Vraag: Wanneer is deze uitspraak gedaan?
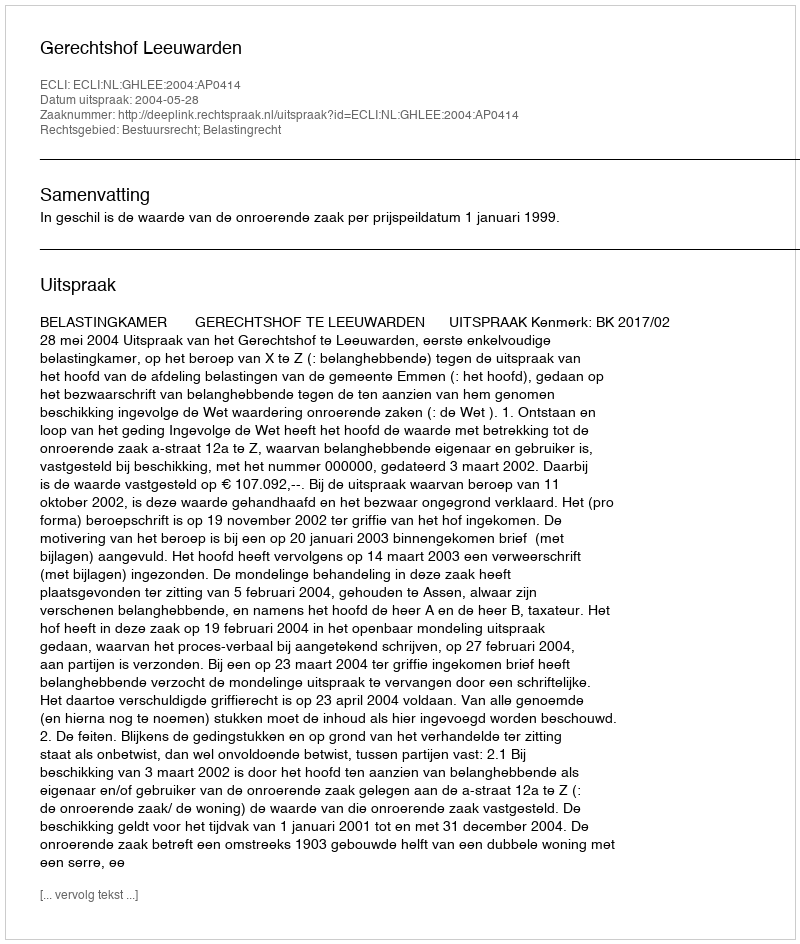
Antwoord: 2004-05-28